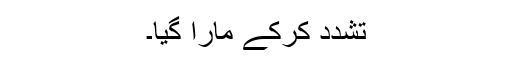
تشدد کرکے مارا گیا۔